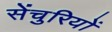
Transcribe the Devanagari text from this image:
सेंचुरियों